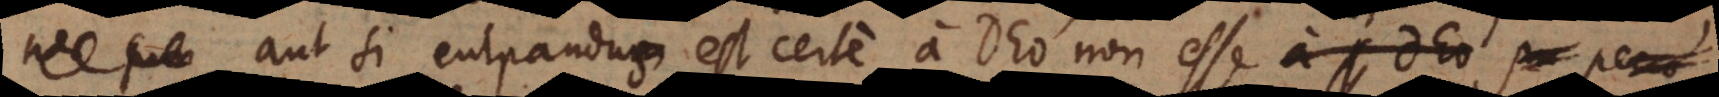
aut si culpandus est certe a Deo non esse pro pecca